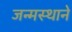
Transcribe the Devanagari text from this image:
जन्मस्थाने